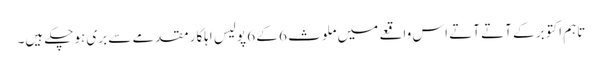
تاہم اکتوبر کے آتے آتے اس واقعے میں ملوث 6 کے 6 پولیس اہلکار مقدمے سے بری ہوچکے ہیں۔